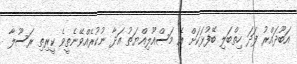
އަބޫޛައްރު ފަދަ ހިތްބަލި ބޭފުޅަކަށް އެ މަސްއޫލިއްޔަތު އަދާ ނުކުރެއްވޭނެތީވެ ކީރިތި ރަސޫލާ